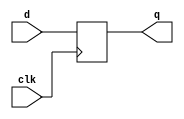
module xup_dff #(parameter DELAY = 3)(
    input d,
    input clk,
    output q
    );
    reg q;
    
    always @(posedge clk)
    begin 
        q<= #DELAY d;
    end
    
endmodule